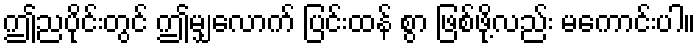
ဤညပိုင်းတွင် ဤမျှလောက် ပြင်းထန် စွာ ဖြစ်ဖို့လည်း မကောင်းပါ။